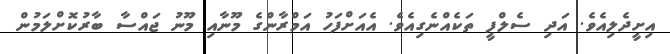
އިށީދެލިއެވެ. އަދި ސެލްފީ ތަކެއްނެގިއެވެ. އެއަށްފަހު އަމްރާންގެ މޫނާއި މޫނު ޖައްސާ ބާރުކޮށްލަމުން